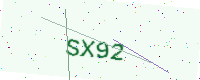
Text: SX92